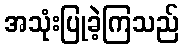
အသုံးပြုခဲ့ကြသည်